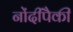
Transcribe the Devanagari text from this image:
नोंदींपैकी